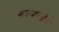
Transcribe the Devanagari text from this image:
कश्यपतीर्थ